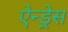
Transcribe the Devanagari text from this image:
ऐन्‍ड्रेस